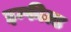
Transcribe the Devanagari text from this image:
इन्फील्ड